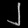
Digit: ၂